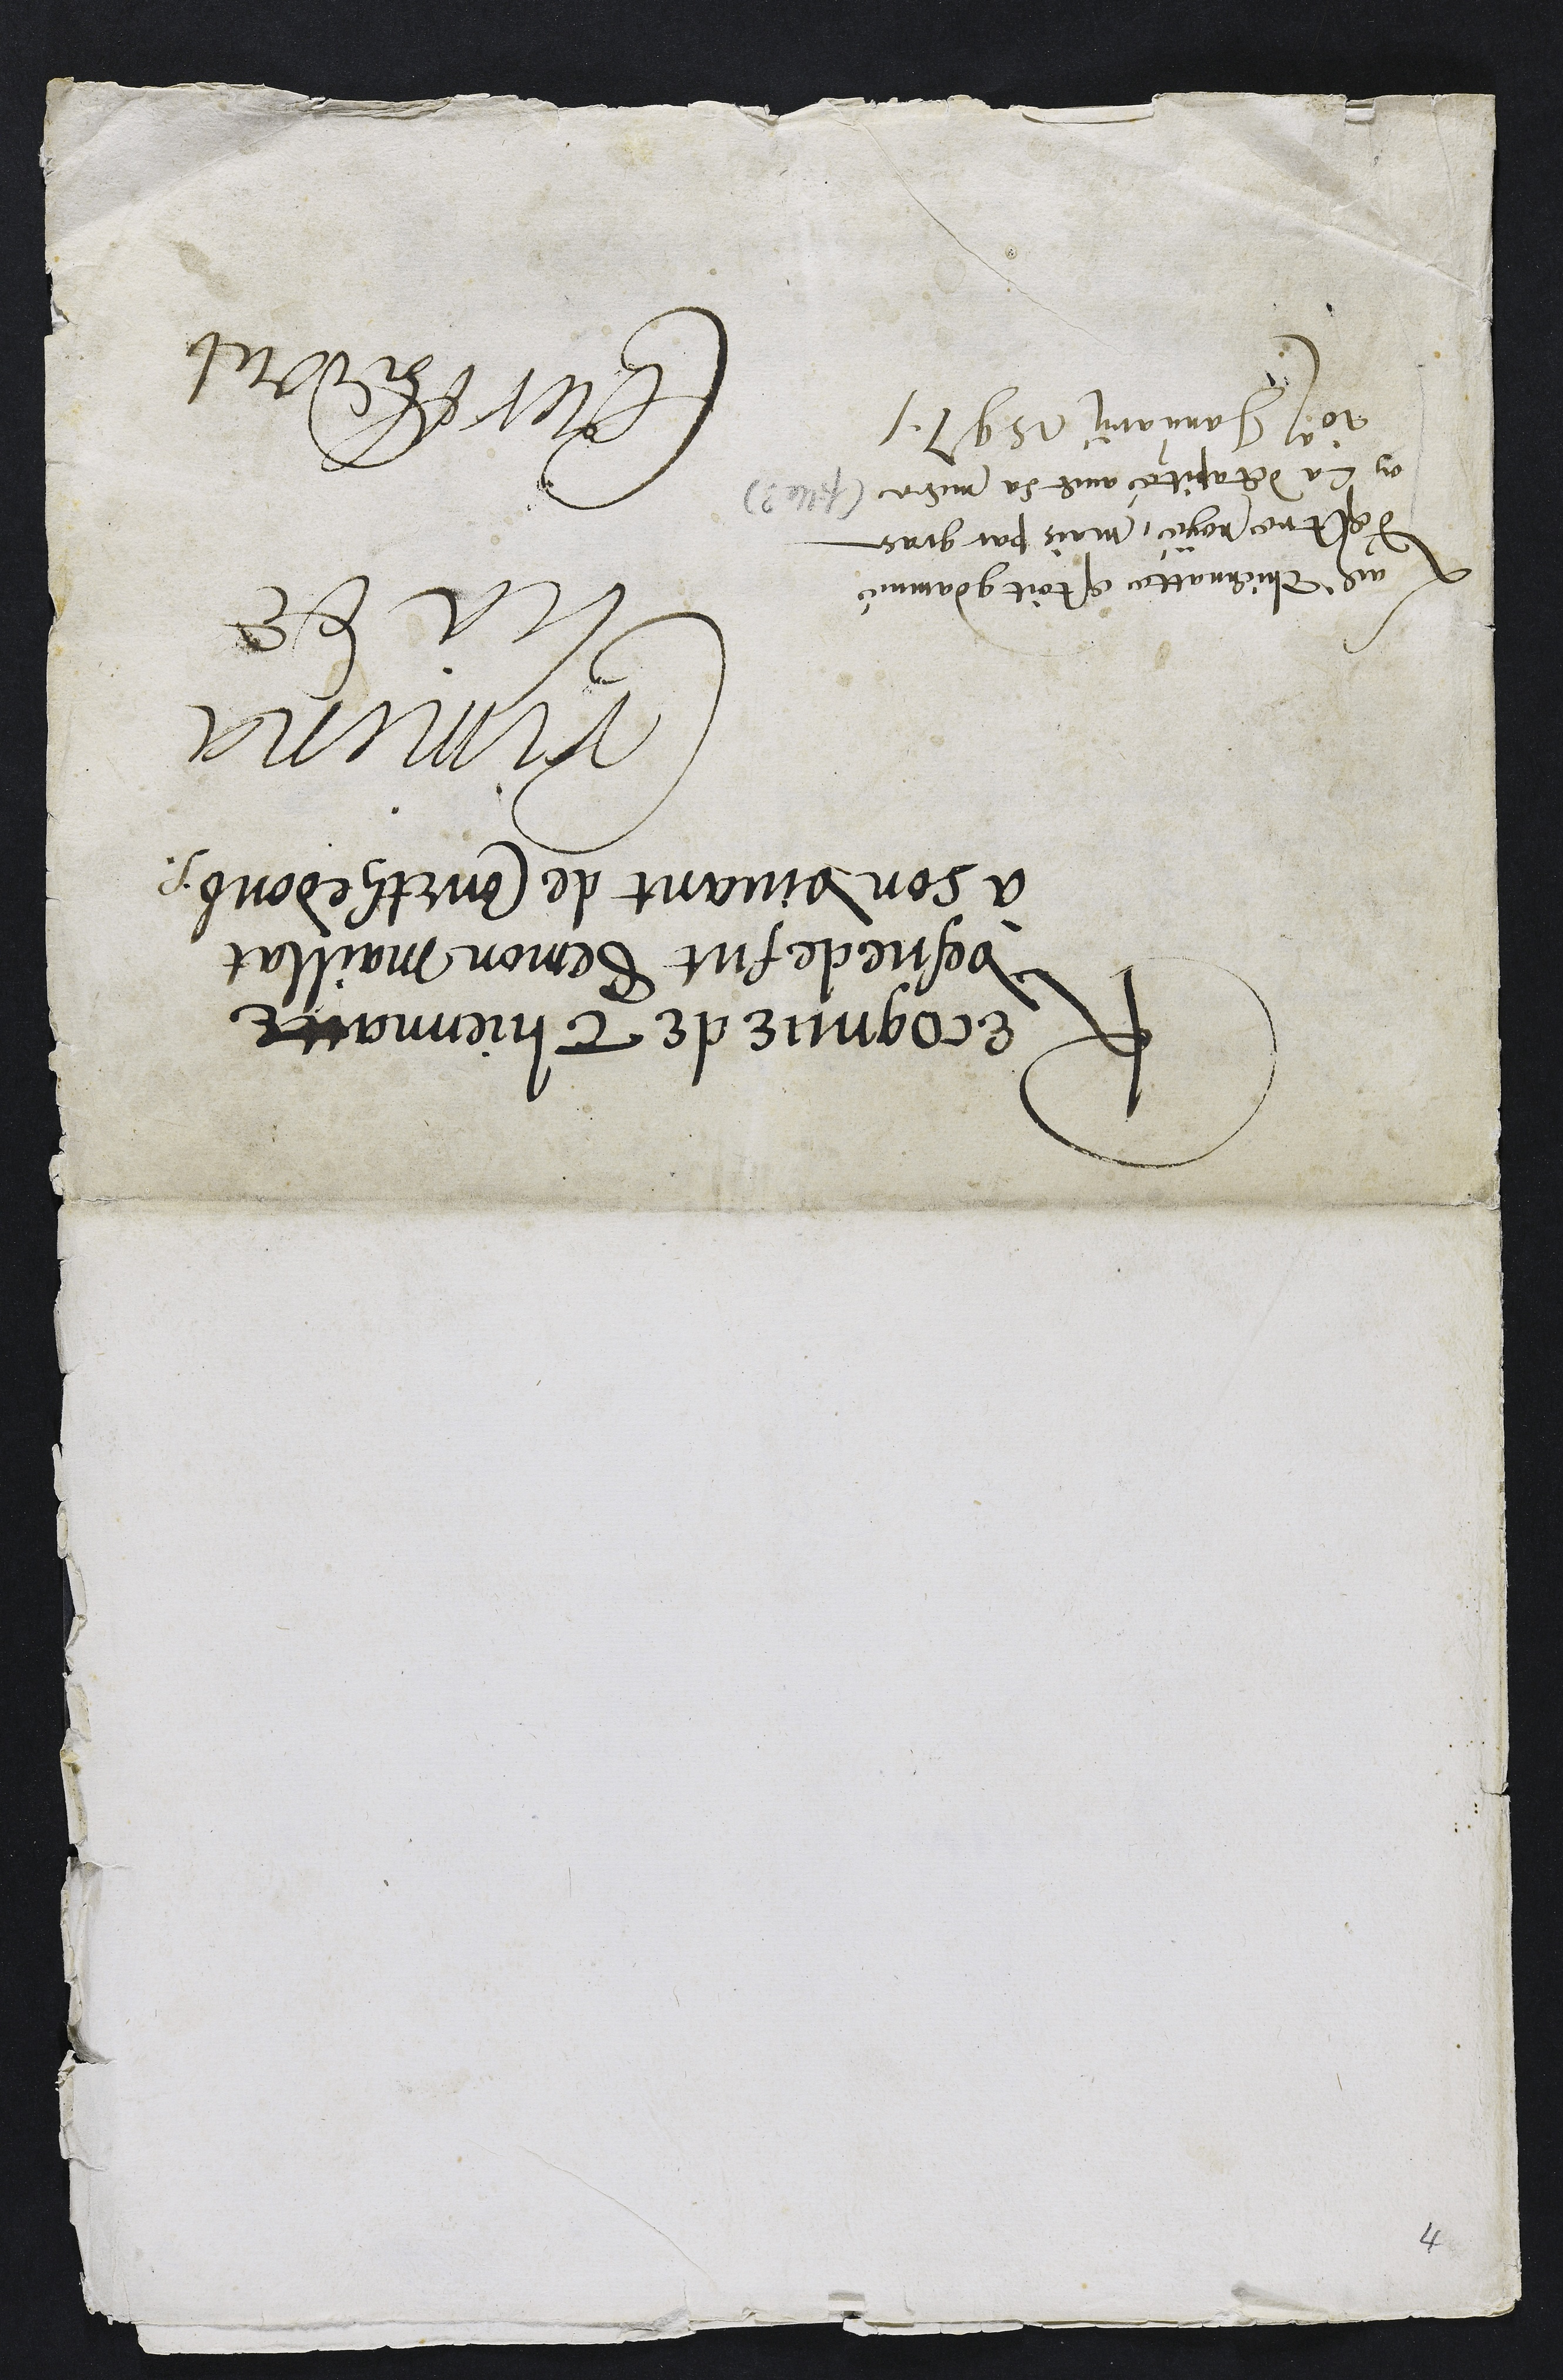
Recognue de Thiennatte
vesve de fut Semon Maillat
à son vivant de Courthedoub
Crimina
lia de
Courthedoub
Ladite Thiennatte estoit condamné
d'estre noyé, mais par grace
on la decapité avec sa mere (fille ?)
10o Januarii 1597

4